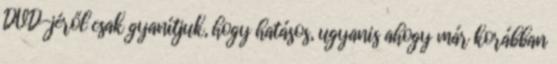
DVD-jéről csak gyanítjuk, hogy hatásos, ugyanis ahogy már korábban